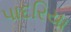
પાદરિયા